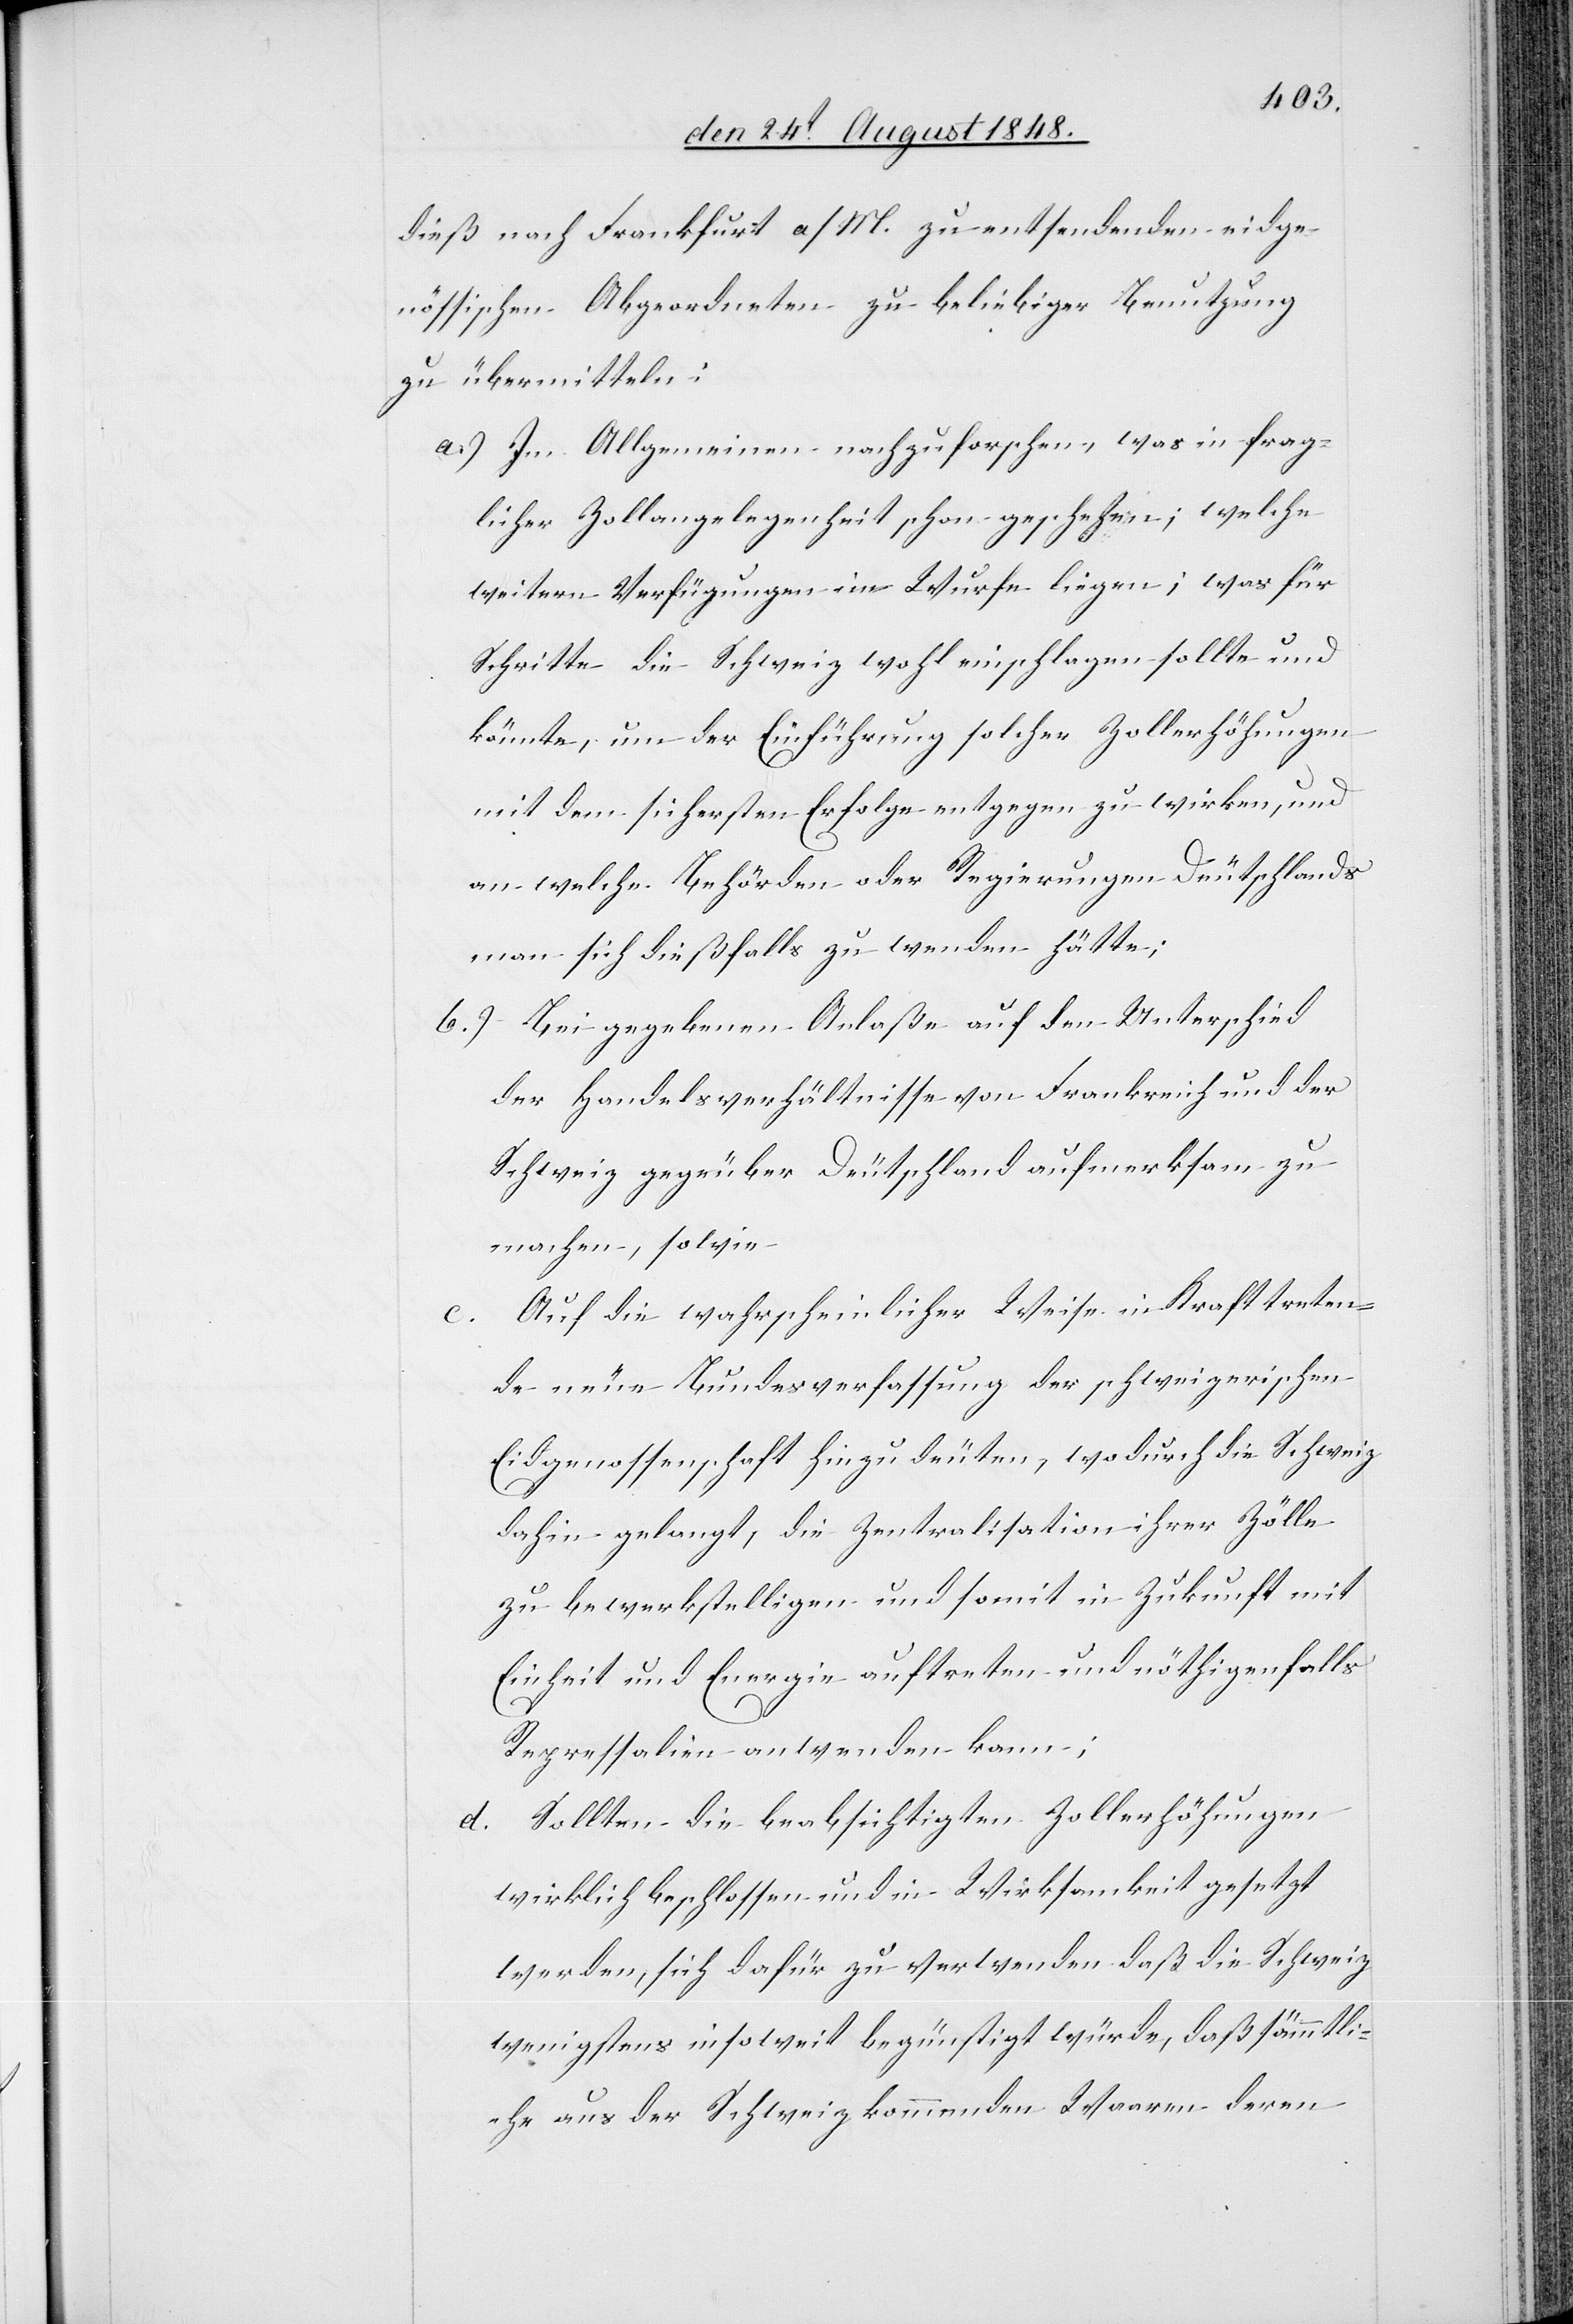
dieß nach Frankfurt a/M. zu entsendenden eidge¬
nössischen Abgeordneten zu beliebiger Benutzung
zu übermitteln:
a.) Im Allgemeinen nachzuforschen, was in frag¬
licher Zollangelegenheit schon geschehen; welche
weitern Verfügungen im Würfe liegen; was für
Schritte die Schweiz wohl einschlagen sollte und
könnte, um der Einführung solcher Zollerhöhungen
mit dem sichersten Erfolge entgegen zu wirken, und
an welche Behörden oder Regierungen Deutschlands
man sich dießfalls zu wenden hätte;
b.) Bei gegebenem Anlaße auf den Unterschied
der Handelsverhältnisse von Frankreich und der
Schweiz gegenüber Deutschland aufmerksam zu
machen, sowie
Auf die wahrscheinlicher Weise in Kraft treten¬
de neue Bundesverfassung der schweizerischen
Eidgenossenschaft hinzudeuten, wodurch die Schweiz
dahin gelangt, die Zentralisation ihrer Zölle
zu bewerkstelligen und somit in Zukunft mit
Einheit und Energie auftreten und nöthigenfalls
Repressalien anwenden kann;
d. Sollten die beabsichtigten Zollerhöhungen
wirklich beschlossen und in Wirksamkeit gesetzt
werden, sich dafür zu verwenden daß die Schweiz
wenigstens insoweit begünstigt würde, daß sämmtli¬
che aus der Schweiz kommenden Waaren deren